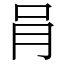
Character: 肙